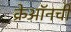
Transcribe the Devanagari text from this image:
क्रेऑनची